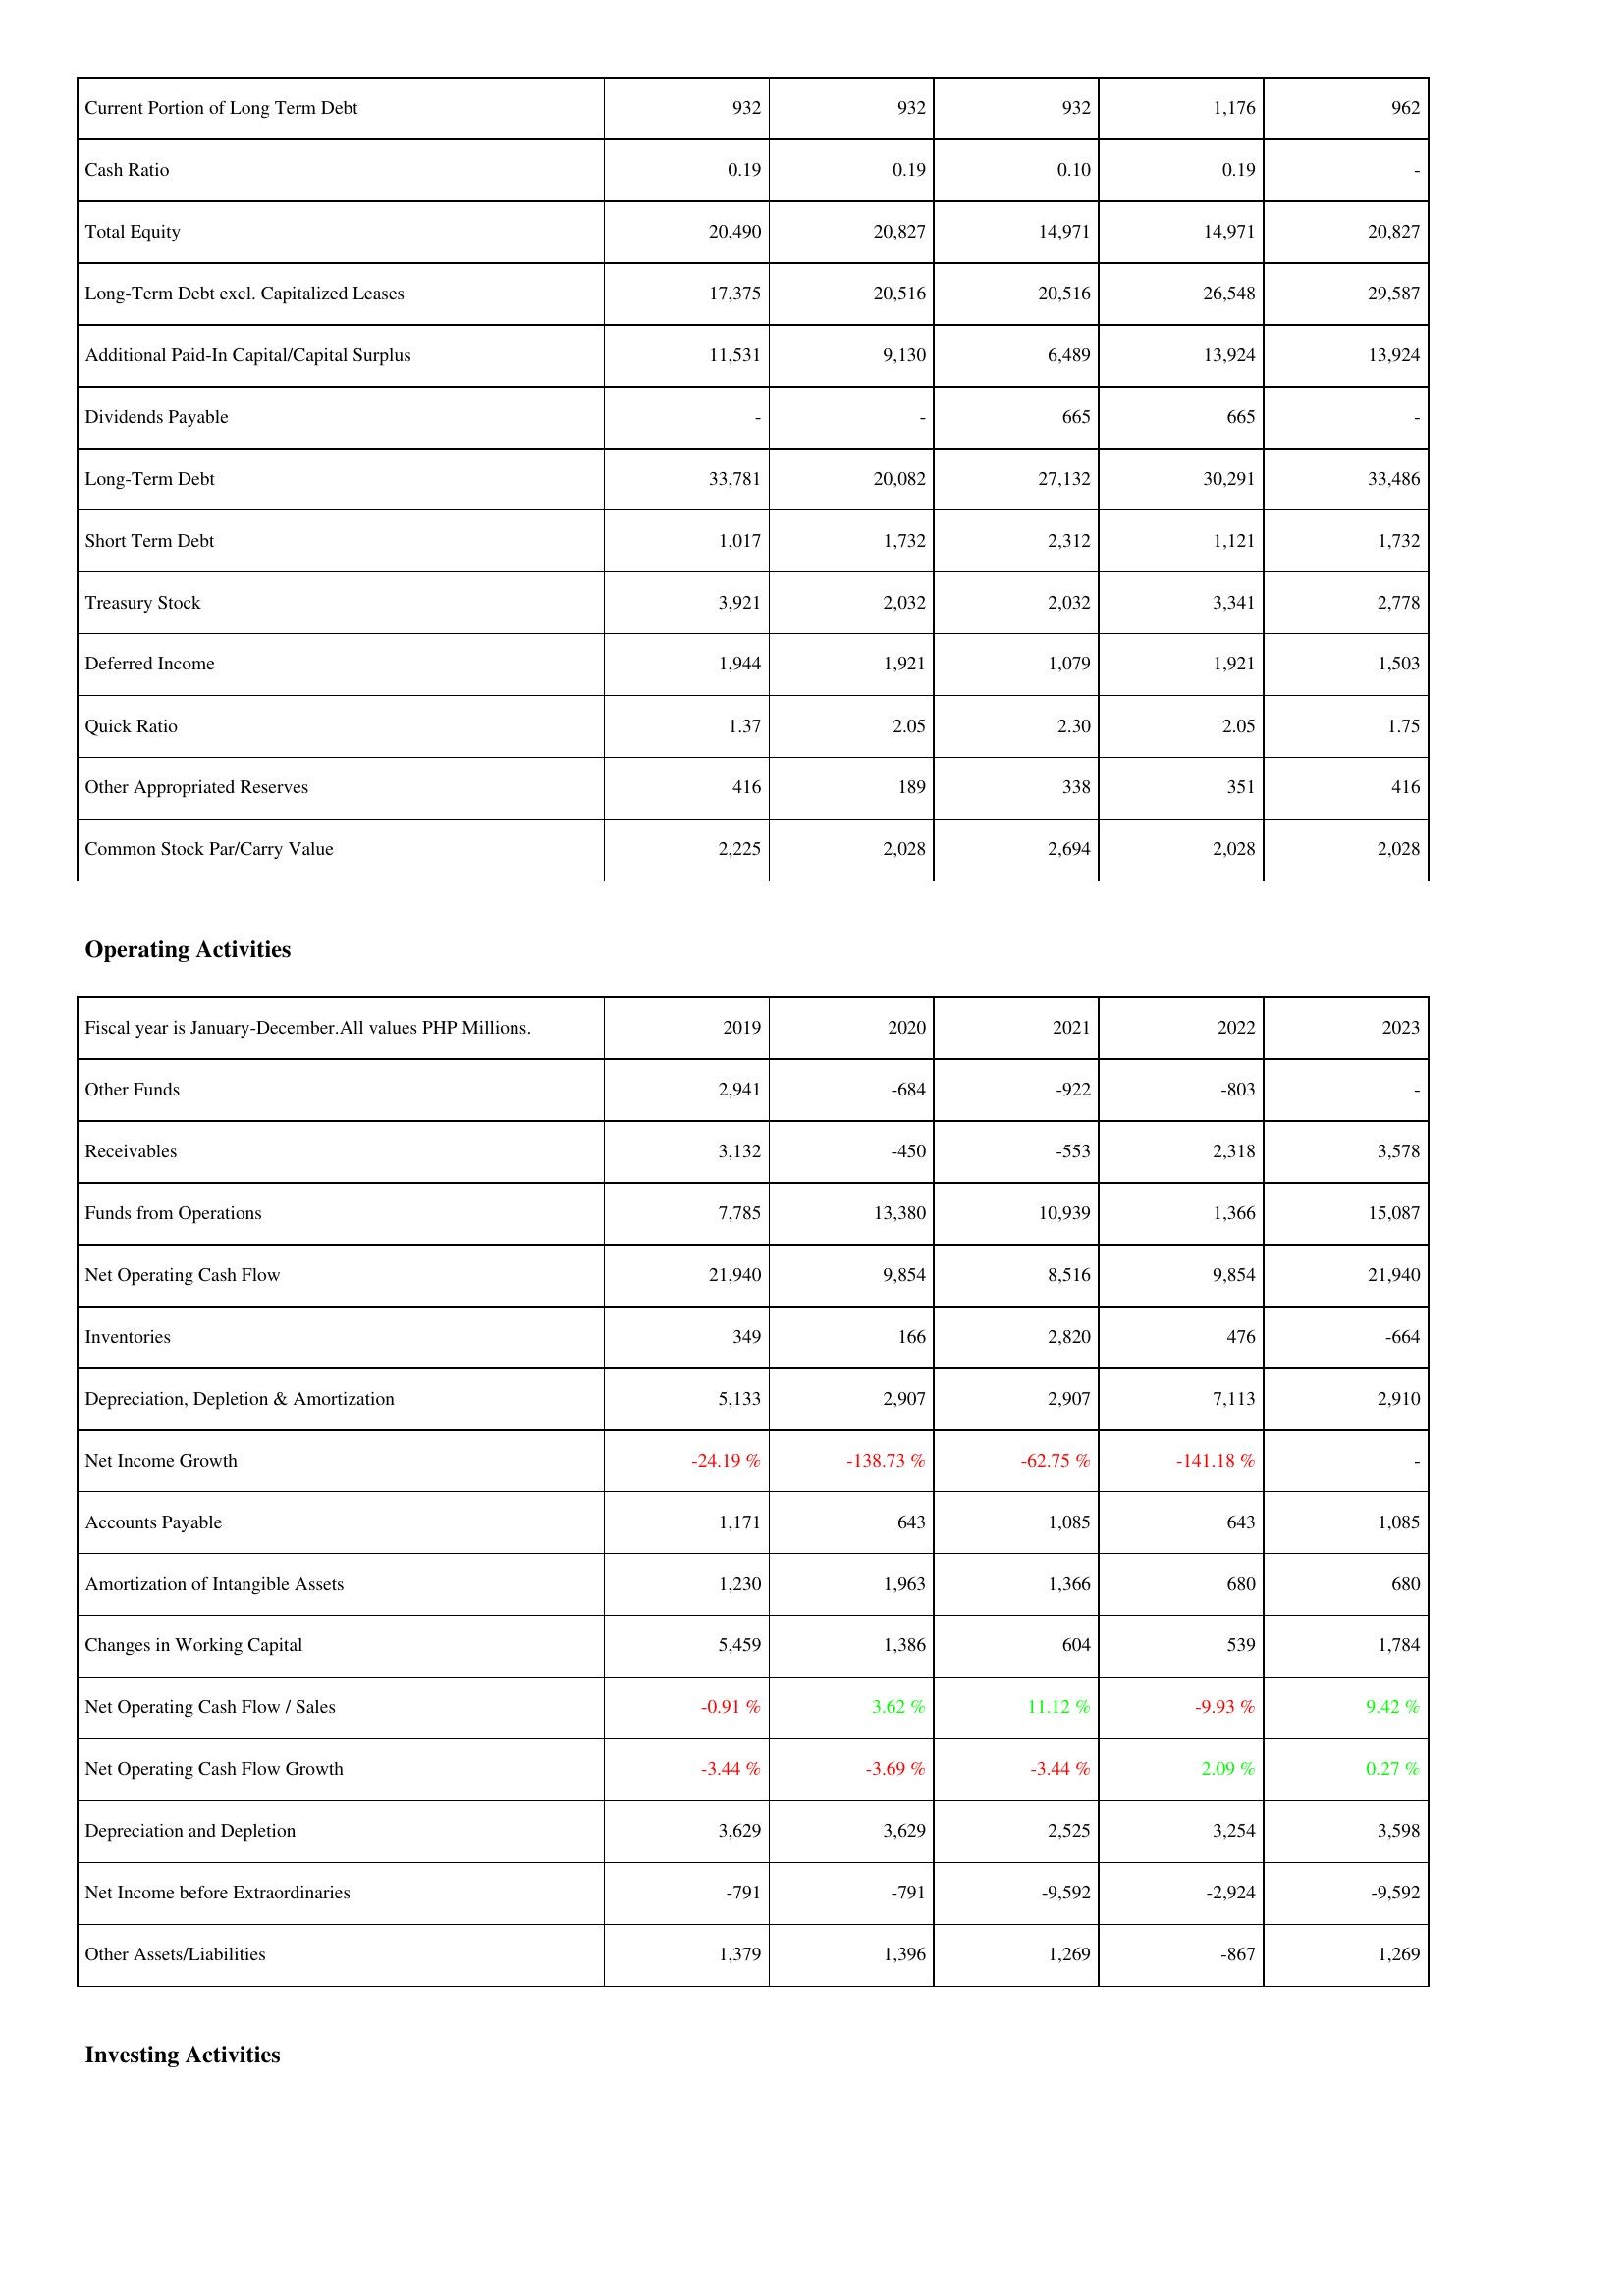
2019: Liabilities & Shareholders' Equity: Current Portion of Long Term Debt: 932
Cash Ratio: 0.19
Total Equity: 20,490
Long-Term Debt excl. Capitalized Leases: 17,375
Additional Paid-In Capital/Capital Surplus: 11,531
Dividends Payable: -
Long-Term Debt: 33,781
Short Term Debt: 1,017
Treasury Stock: 3,921
Deferred Income: 1,944
Quick Ratio: 1.37
Other Appropriated Reserves: 416
Common Stock Par/Carry Value: 2,225
Operating Activities: Other Funds: 2,941
Receivables: 3,132
Funds from Operations: 7,785
Net Operating Cash Flow: 21,940
Inventories: 349
Depreciation, Depletion & Amortization: 5,133
Net Income Growth: -24.19 %
Accounts Payable: 1,171
Amortization of Intangible Assets: 1,230
Changes in Working Capital: 5,459
Net Operating Cash Flow / Sales: -0.91 %
Net Operating Cash Flow Growth: -3.44 %
Depreciation and Depletion: 3,629
Net Income before Extraordinaries: -791
Other Assets/Liabilities: 1,379
2020: Liabilities & Shareholders' Equity: Current Portion of Long Term Debt: 932
Cash Ratio: 0.19
Total Equity: 20,827
Long-Term Debt excl. Capitalized Leases: 20,516
Additional Paid-In Capital/Capital Surplus: 9,130
Dividends Payable: -
Long-Term Debt: 20,082
Short Term Debt: 1,732
Treasury Stock: 2,032
Deferred Income: 1,921
Quick Ratio: 2.05
Other Appropriated Reserves: 189
Common Stock Par/Carry Value: 2,028
Operating Activities: Other Funds: -684
Receivables: -450
Funds from Operations: 13,380
Net Operating Cash Flow: 9,854
Inventories: 166
Depreciation, Depletion & Amortization: 2,907
Net Income Growth: -138.73 %
Accounts Payable: 643
Amortization of Intangible Assets: 1,963
Changes in Working Capital: 1,386
Net Operating Cash Flow / Sales: 3.62 %
Net Operating Cash Flow Growth: -3.69 %
Depreciation and Depletion: 3,629
Net Income before Extraordinaries: -791
Other Assets/Liabilities: 1,396
2021: Liabilities & Shareholders' Equity: Current Portion of Long Term Debt: 932
Cash Ratio: 0.10
Total Equity: 14,971
Long-Term Debt excl. Capitalized Leases: 20,516
Additional Paid-In Capital/Capital Surplus: 6,489
Dividends Payable: 665
Long-Term Debt: 27,132
Short Term Debt: 2,312
Treasury Stock: 2,032
Deferred Income: 1,079
Quick Ratio: 2.30
Other Appropriated Reserves: 338
Common Stock Par/Carry Value: 2,694
Operating Activities: Other Funds: -922
Receivables: -553
Funds from Operations: 10,939
Net Operating Cash Flow: 8,516
Inventories: 2,820
Depreciation, Depletion & Amortization: 2,907
Net Income Growth: -62.75 %
Accounts Payable: 1,085
Amortization of Intangible Assets: 1,366
Changes in Working Capital: 604
Net Operating Cash Flow / Sales: 11.12 %
Net Operating Cash Flow Growth: -3.44 %
Depreciation and Depletion: 2,525
Net Income before Extraordinaries: -9,592
Other Assets/Liabilities: 1,269
2022: Liabilities & Shareholders' Equity: Current Portion of Long Term Debt: 1,176
Cash Ratio: 0.19
Total Equity: 14,971
Long-Term Debt excl. Capitalized Leases: 26,548
Additional Paid-In Capital/Capital Surplus: 13,924
Dividends Payable: 665
Long-Term Debt: 30,291
Short Term Debt: 1,121
Treasury Stock: 3,341
Deferred Income: 1,921
Quick Ratio: 2.05
Other Appropriated Reserves: 351
Common Stock Par/Carry Value: 2,028
Operating Activities: Other Funds: -803
Receivables: 2,318
Funds from Operations: 1,366
Net Operating Cash Flow: 9,854
Inventories: 476
Depreciation, Depletion & Amortization: 7,113
Net Income Growth: -141.18 %
Accounts Payable: 643
Amortization of Intangible Assets: 680
Changes in Working Capital: 539
Net Operating Cash Flow / Sales: -9.93 %
Net Operating Cash Flow Growth: 2.09 %
Depreciation and Depletion: 3,254
Net Income before Extraordinaries: -2,924
Other Assets/Liabilities: -867
2023: Liabilities & Shareholders' Equity: Current Portion of Long Term Debt: 962
Cash Ratio: -
Total Equity: 20,827
Long-Term Debt excl. Capitalized Leases: 29,587
Additional Paid-In Capital/Capital Surplus: 13,924
Dividends Payable: -
Long-Term Debt: 33,486
Short Term Debt: 1,732
Treasury Stock: 2,778
Deferred Income: 1,503
Quick Ratio: 1.75
Other Appropriated Reserves: 416
Common Stock Par/Carry Value: 2,028
Operating Activities: Other Funds: -
Receivables: 3,578
Funds from Operations: 15,087
Net Operating Cash Flow: 21,940
Inventories: -664
Depreciation, Depletion & Amortization: 2,910
Net Income Growth: -
Accounts Payable: 1,085
Amortization of Intangible Assets: 680
Changes in Working Capital: 1,784
Net Operating Cash Flow / Sales: 9.42 %
Net Operating Cash Flow Growth: 0.27 %
Depreciation and Depletion: 3,598
Net Income before Extraordinaries: -9,592
Other Assets/Liabilities: 1,269